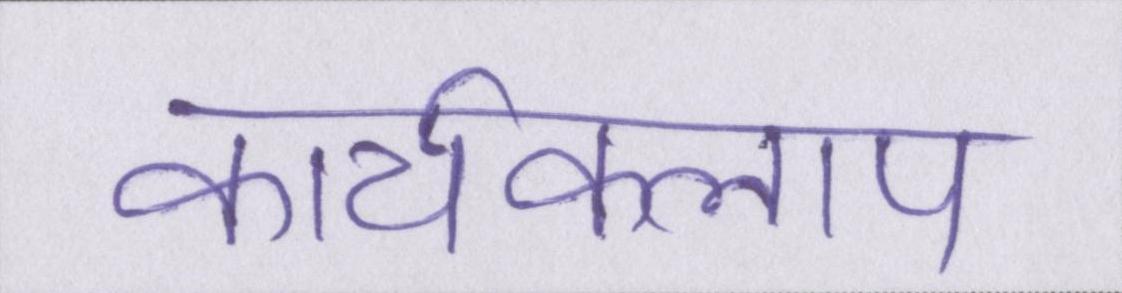
कार्यकलाप